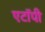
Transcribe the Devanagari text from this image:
एटॉपी